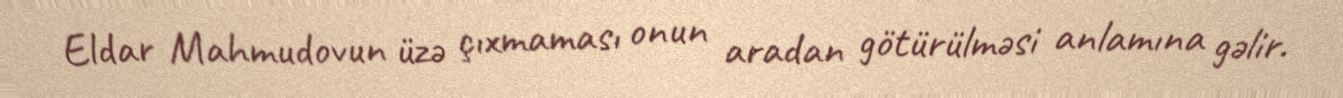
Eldar Mahmudovun üzə çıxmaması onun aradan götürülməsi anlamına gəlir.